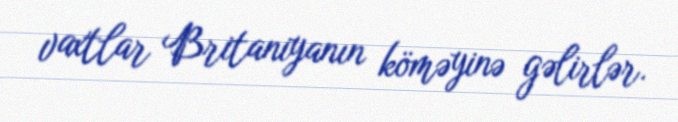
vaxtlar Britaniyanın köməyinə gəlirlər.